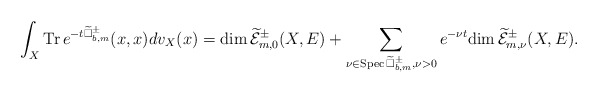
\begin{align*} \int_X\mathrm{Tr\,}e^{-t\widetilde{\Box}^{\pm}_{b,m}}(x,x)dv_X(x)=\mathrm{dim\,}\widetilde{\mathcal{E}}^{\pm}_{m,0}(X,E)+\sum_{\nu\in\mathrm{Spec\,}\widetilde{\Box}^{\pm}_{b,m},\nu>0}e^{-\nu t}\mathrm{dim\,}\widetilde{\mathcal{E}}^{\pm}_{m,\nu}(X,E).\end{align*}